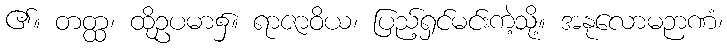
၏။ တတ္ထ၊ ထိုဥပမာ၌။ ရာဇာဝိယ၊ ပြည့်ရှင်မင်းကဲ့သို့။ အနုလောမဉာဏံ၊